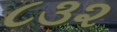
૮૩૨